Annual report of the Punjab Veterinary College and of the Civil Veterinary Department, Punjab - 1909-1919
Year: 1909
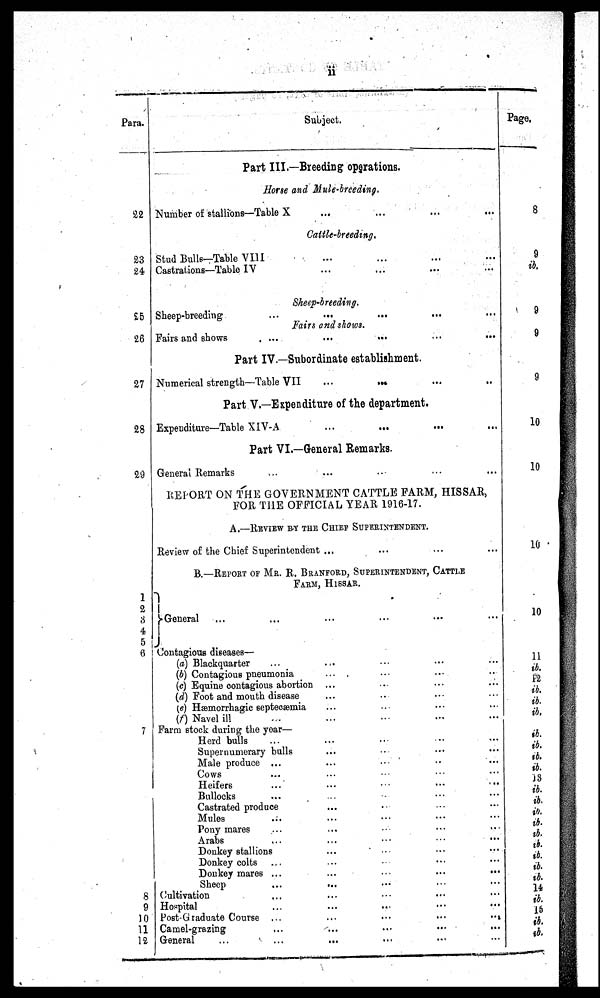
ii
Para.
22
23
24
25
26
27
28
29
1
2
3
4
5
6
7
8
9
10
11
12
Subject.
Part III.—Breeding operations.
Horse and Mule-breeding.
Number of stallions—Table X ... ... ... ...
Cattle-breeding.
Stud Bulls—Table VIII ... ... ... ...
Castrations—Table IV ... ... ... ...
Sheep-breeding.
Sheep-breeding
...
...
...
...
Fairs and shows.
Fairs and shows
...
...
...
...
...
Part IV.—Subordinate establishment.
Numerical strength—Table VII ... ... ... ...
Part V.—Expenditure of the department.
Expenditure—Table XIV-A ... ... ... ...
Part VI.—General Remarks.
General Remarks... ... ... ...
REPORT ON THE GOVERNMENT CATTLE FARM, HISSAR,
FOR THE OFFICIAL YEAR 1916-17.
A.—REVIEW BY THE CHIEF SUPERINTENDENT.
Review of the Chief Superintendent ... ... ... ...
B.—REPORT OF MR. R. BRANFORD, SUPERINTENDENT, CATTLE
FARM, HISSAR.
General... ... ... ... ... ...
Contagious diseases—
(a) Blackquarter ... ... ... ...
(b) Contagious pneumonia... ... ... ...
(c) Equine contagious abortion... ... ... ...
(d) Foot and mouth disease... ... ... ...
(e) Hæmorrhagic septeoæmia ... ... ... ...
(f) Navel ill ... ... ... ...
Farm stock during the year—
Herd bulls... ... ... ...
Supernumerary bulls... ... ... ...
Male produce ... ... ... ... ...
Cows... ... ... ...
Heifers ... ... ... ...
Bullocks... ... ... ...
Castrated produce... ... ... ...
Mules... ... ... ...
Pony mares... ... ... ...
Arabs... ... ... ...
Donkey stallions... ... ... ...
Donkey colts... ... ... ...
Donkey mares
...
...
...
...
Sheep ... ... ... ...
Cultivation... ... ... ...
Hospital ... ... ... ...
Post-Graduate Course ... ... ... ...
Camel-grazing ... ... ... ...
General
...
...
...
...
Page.
8
9
ib.
9
9
9
10
10
10
10
11
ib.
12
ib.
ib.
ib.
ib..
ib.
ib.
ib.
ib.
13
ib.
ib.
ib.
ib.
7
ib.
ib..
ib.
ib.
to.
14
ib.
10
ib.
ib.